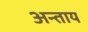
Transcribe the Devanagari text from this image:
अन्ताय